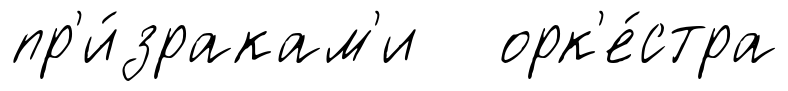
пр'и́зракам'и орк'е́стра